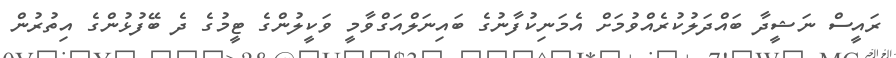
ރައީސް ނަޝީދާ ބައްދަލުކުރެއްވުމަށް އެމަނިކުފާނުގެ ބައިނަލްއަގްވާމީ ވަކީލުންގެ ޓީމުގެ ދެ ބޭފުޅުންގެ އިތުރުން